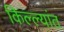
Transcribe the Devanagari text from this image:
किल्ल्यांत